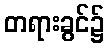
တရားခွင်၌